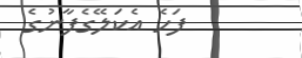
ފަހެ އެކަލޭގެފާނުގެ